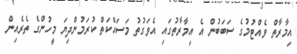
އިމާރާތް ވެއްޓުމުގެ ސަބަބުން އެ އިމާރާތުގައި އެވަގުތު މަސައްކަތް ކުރަމުންދިޔަ މީހުންގެ ތެރެއިން